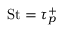
\mathrm { S t } = \tau _ { p } ^ { + }